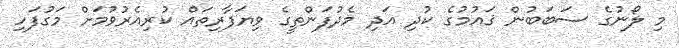
މި ލޯނުގެ ސަބަބުން ޤައުމުގެ ކުދި އަދި މެދުފަންތީގެ ވިޔަފާރިތައް ކުރިއެރުވުމަށް މަގުފަހި